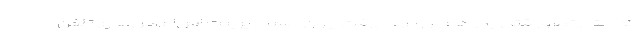
که حتی تصور قتل پدر هم از وی می‌رفت چون حسب پرینت اس‌ام‌اس‌های تلفن